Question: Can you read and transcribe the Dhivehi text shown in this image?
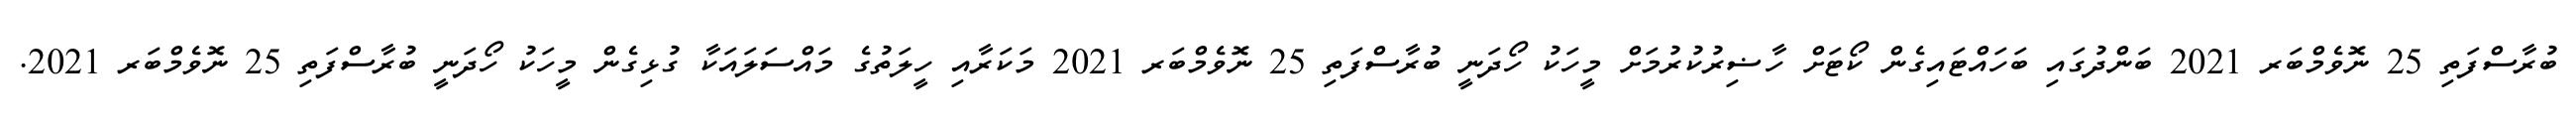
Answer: ބުރާސްފަތި 25 ނޮވެމްބަރ 2021 ބަންދުގައި ބަހައްޓައިގެން ކޯޓަށް ހާޟިރުކުރުމަށް މީހަކު ހޯދަނީ ބުރާސްފަތި 25 ނޮވެމްބަރ 2021 މަކަރާއި ހީލަތުގެ މައްސަލައަކާ ގުޅިގެން މީހަކު ހޯދަނީ ބުރާސްފަތި 25 ނޮވެމްބަރ 2021.